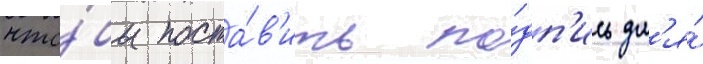
что́бы поста́в'ить по́дп'ись дл'я́